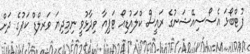
ފުޓްބޯޅަ އެސޯސިއޭޝަނުގެ ރައީސް ކްލައުޑިއޯ ޓަޕިއާ ވިދާޅުވީ ނިމިދިޔަ ވަރލްޑް ކަޕުގެ ދަށް